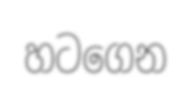
හටගෙන